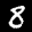
Label: 8